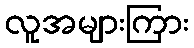
လူအများကြား